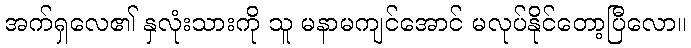
အက်ရှလေ၏ နှလုံးသားကို သူ မနာမကျင်အောင် မလုပ်နိုင်တော့ပြီလော။